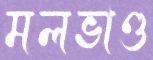
মলভাণ্ড